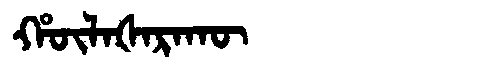
Manchu: ᡥᡡᠯᠠᡧᠠᡵᠠᡴᡡ
Romanization: HŪLAŠARAKŪ